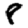
Digit: 8